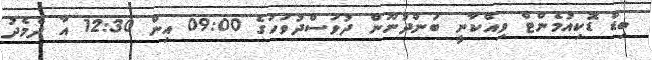
ބިޑް ޑޮކިއުމެންޓް ވިއްކާނީ ބަންދުނޫން ދުވަސްދުވަހުގެ 09:00 އިން 12:30 އާ ދެމެދު